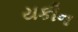
યકીન